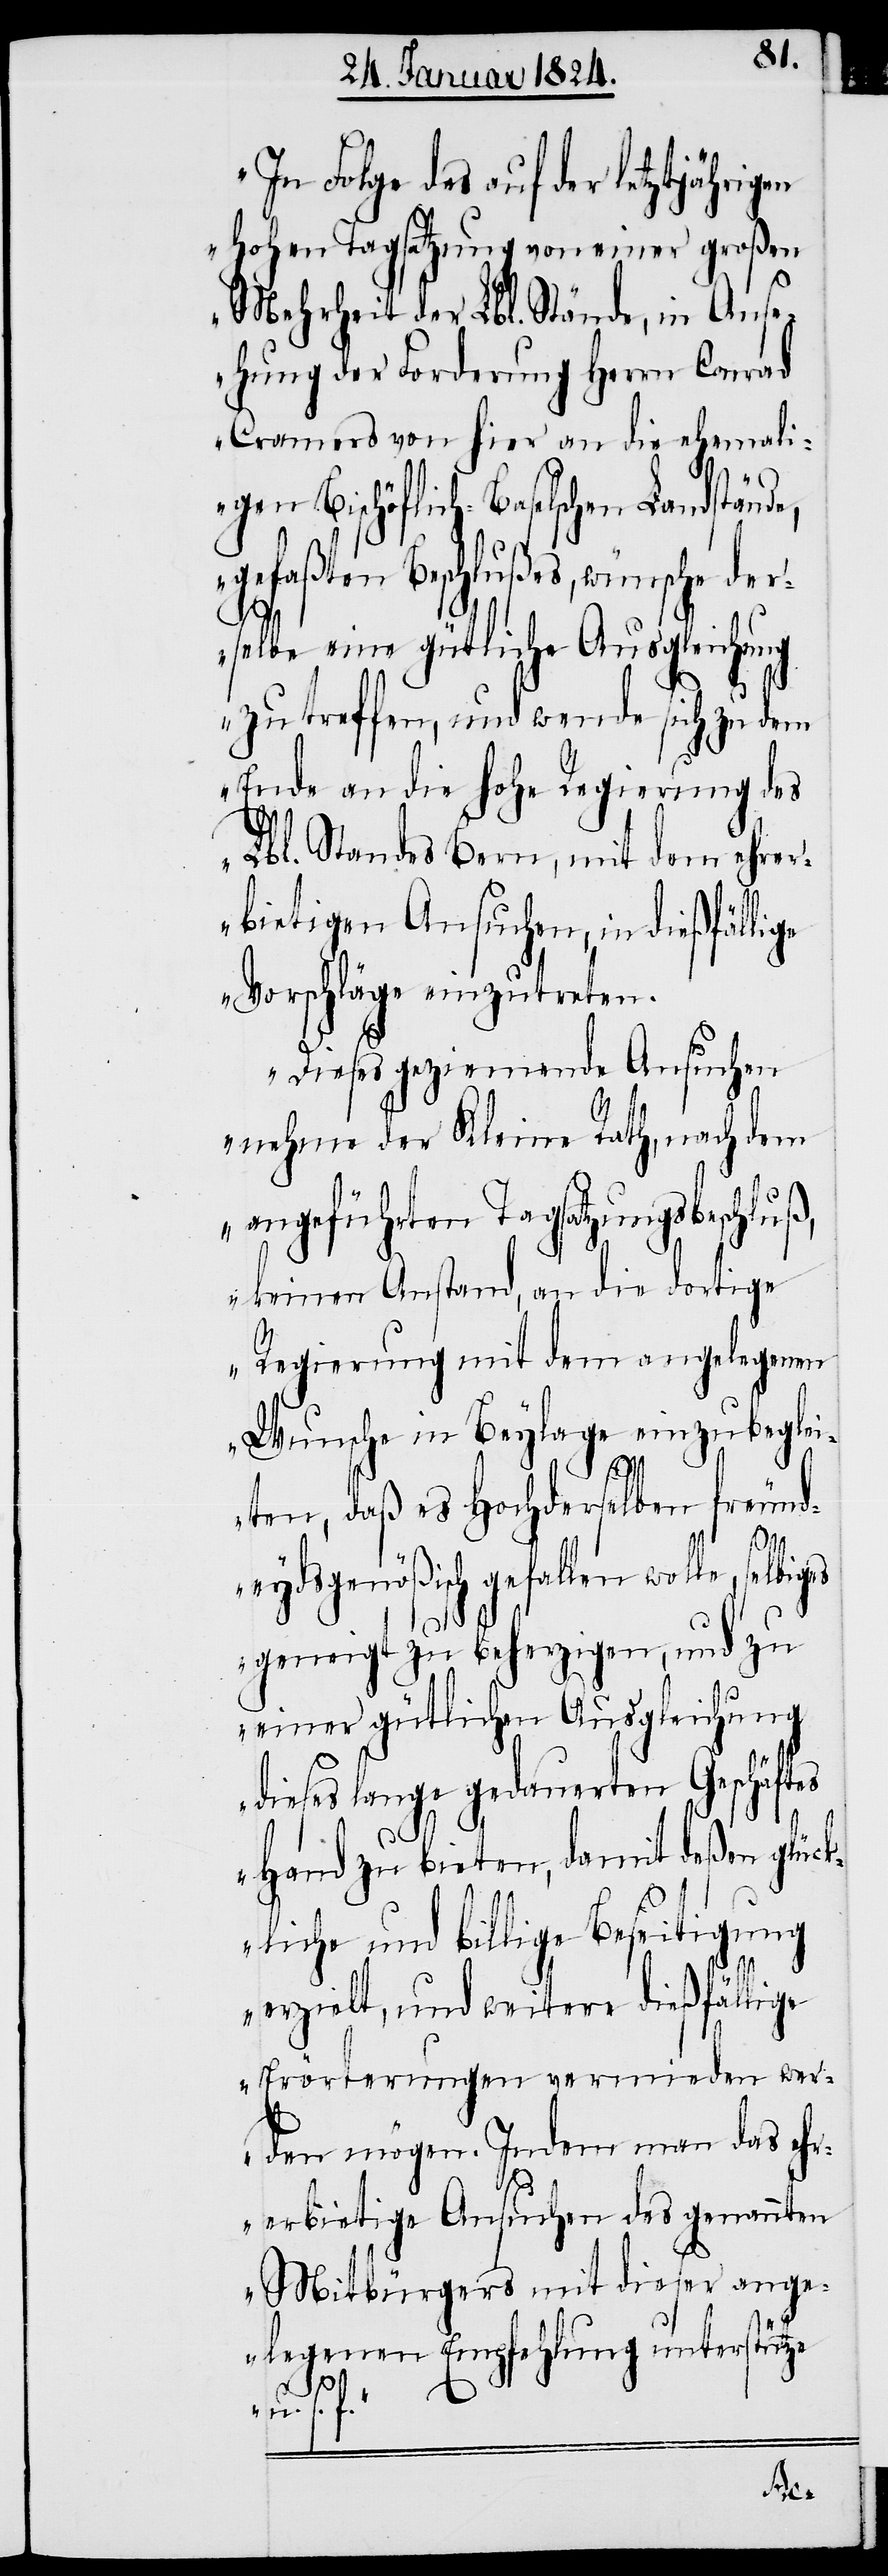
In Folge des auf der letztjährigen
hohen Tagsatzung von einer großen
Mehrheit der Lbl. Stände, in Ams¬
ehung der Forderung Herrn Conrad
Cramers von hier an die ehemali¬
gen Bischöflich-Baselschen Landstän¬
gefaßten Beschlußes, wünsche der¬
selbe eine gütliche Ausgleichung
zu treffen, und wende sich zu dem
Ende an die hohe Regierung des
Lbl. Standes Bern, mit dem ehre¬
rbietigen Ansuchen, in dießfälli¬
ge Vorschläge einzutreten.
Dieses geziemende Ansuchen
nehme der Kleine Rath, nach dem
angeführten Tagsatzungsbeschluß,
keinen Anstand, an die dortige
Regierung mit dem angelegenen
Wunsche in Beylage einzubeglei¬
ten, daß es Hochderselben freund¬
eydsgenößisch gefallen wolle, sel¬
geneigt zu beherzigen, und zu
einer gütlichen Ausgleichung
dieses lange gedauerten Geschäftes
Hand zu bieten, damit deßen glüc¬
kliche und billige Beseitigung
erzielt, und weitere dießfällige
Erörterungen vermieden wer¬
den mögen. Indem man das ehr¬
erbietige Ansuchen des genannten
Mitbürgers mit dieser ange¬
legenen Empfehlung unterstütze
u. s.
w.